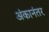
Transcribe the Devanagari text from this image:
अंकानंतर